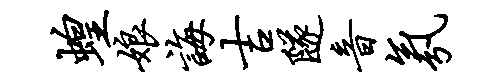
蝗娘诲吉隧音氛